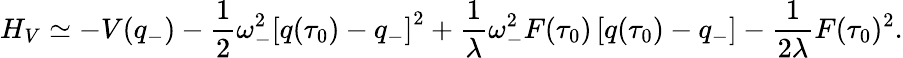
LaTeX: H_{V}\simeq-V(q_{-})-{\frac{1}{2}}\omega_{-}^{2}\left[q(\tau_{0})-q_{-}\right]^{2}+{\frac{1}{\lambda}}\omega_{-}^{2}F(\tau_{0})\left[q(\tau_{0})-q_{-}\right]-{\frac{1}{2\lambda}}F(\tau_{0})^{2}.